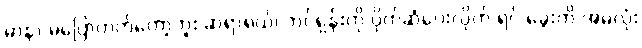
မာနာ မပြောတတ်တော့ဘူး ဆရာရယ်၊ ဘင်ရှန်းကို ပိုက်ဆံပေးလိုက် ရင် ခွေးကို အမဲလုံး